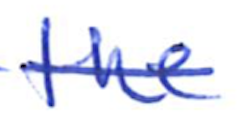
Text: the
Cross-out: single-line
Writing tool: ballpoint